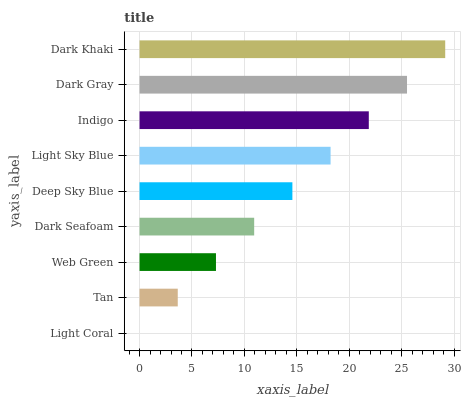
| yaxis_label | bars |
 | --- | --- |
 | Light Coral | 0 |
 | Tan | 3.64 |
 | Web Green | 7.29 |
 | Dark Seafoam | 10.9 |
 | Deep Sky Blue | 14.6 |
 | Light Sky Blue | 18.2 |
 | Indigo | 21.9 |
 | Dark Gray | 25.5 |
 | Dark Khaki | 29.1 |